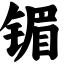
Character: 镅